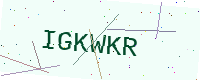
Text: IGKWKR